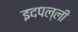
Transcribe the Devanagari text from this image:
इदपल्ली